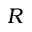
R